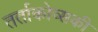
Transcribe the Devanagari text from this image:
तर्ताकोव्सकी